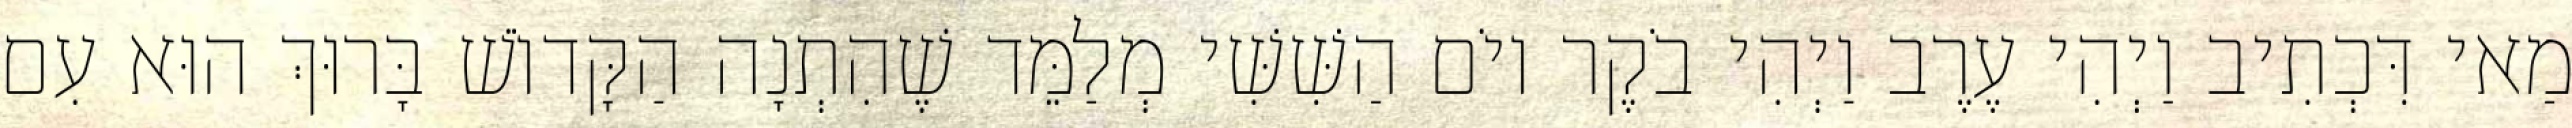
מַאי דִּכְתִיב וַיְהִי עֶרֶב וַיְהִי בֹקֶר יוֹם הַשִּׁשִּׁי מְלַמֵּד שֶׁהִתְנָה הַקָּדוֹשׁ בָּרוּךְ הוּא עִם